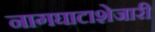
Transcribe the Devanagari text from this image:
नागघाटाशेजारी